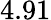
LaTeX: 4.91